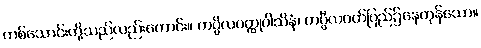
တစ်သောင်းတို့သည်လည်းကောင်း။ ကပ္ပိလဝတ္ထုဝါသိနံ၊ ကပ္ပီလဝတ်ပြည်၌နေကုန်သော။